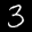
Label: 3